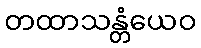
တထာသန္တံယေဝ